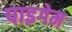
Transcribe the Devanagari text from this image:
पाइगेम